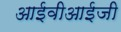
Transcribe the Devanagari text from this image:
आईवीआईजी